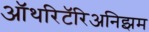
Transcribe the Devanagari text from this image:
ऑथरिटॅरिअनिझम